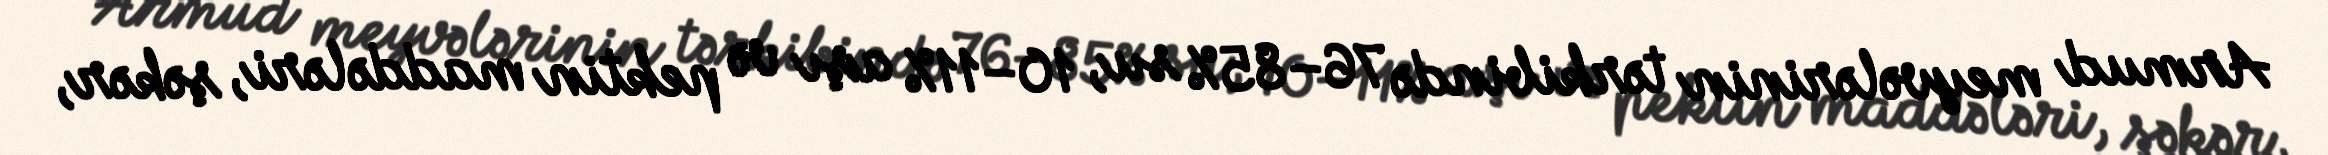
Armud meyvələrinin tərkibində 76–85% su, 10–11% aşı və pektin maddələri, şəkər,